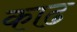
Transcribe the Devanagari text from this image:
काढ